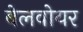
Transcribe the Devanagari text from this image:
बेलवोयर